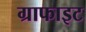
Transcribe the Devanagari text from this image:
ग्राफाइट